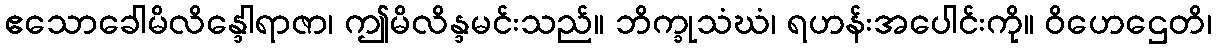
ဧသောခေါမိလိန္ဒေါရာဇာ၊ ဤမိလိန္ဒမင်းသည်။ ဘိက္ခုသံဃံ၊ ရဟန်းအပေါင်းကို။ ဝိဟေဌေတိ၊